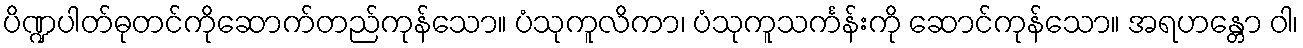
ပိဏ္ဍပါတ်ဓုတင်ကိုဆောက်တည်ကုန်သော။ ပံသုကူလိကာ၊ ပံသုကူသင်္ကန်းကို ဆောင်ကုန်သော။ အရဟန္တော ဝါ၊